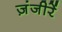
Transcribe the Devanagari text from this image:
ज़ंजीरें